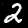
Label: 2